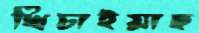
খিচাইয়াছ